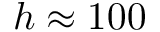
h \approx 1 0 0